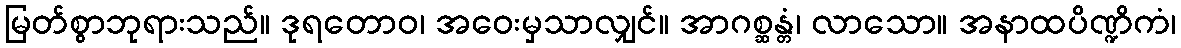
မြတ်စွာဘုရားသည်။ ဒုရတောဝ၊ အဝေးမှသာလျှင်။ အာဂစ္ဆန္တံ၊ လာသော။ အနာထပိဏ္ဍိကံ၊